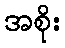
အစိုး